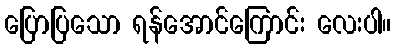
ပြောပြသော ရန်အောင်ကြောင်း လေးပါ။